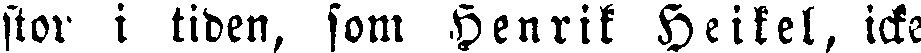
stor i tiden, som Henrik Heikel, icke